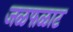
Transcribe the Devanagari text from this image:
जळफळाट